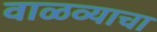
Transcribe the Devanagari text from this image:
वाळव्याचा